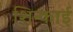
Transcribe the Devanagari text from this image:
शिन्काई